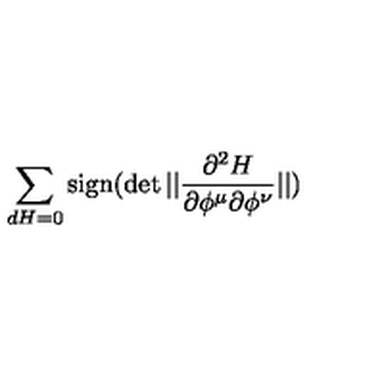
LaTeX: \sum _ { d H = 0 } \mathrm { s i g n } ( \det | | { \frac { \partial ^ { 2 } H } { \partial \phi ^ { \mu } \partial \phi ^ { \nu } } } | | )